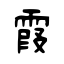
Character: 霞